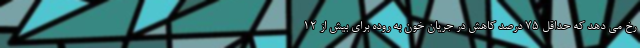
رخ می دهد که حداقل 75 درصد کاهش در جریان خون به روده برای بیش از 12